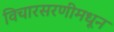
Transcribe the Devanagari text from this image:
विचारसरणीमधून